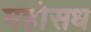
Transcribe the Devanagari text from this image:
महोसध